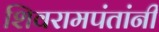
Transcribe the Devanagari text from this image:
शिवरामपंतांनी